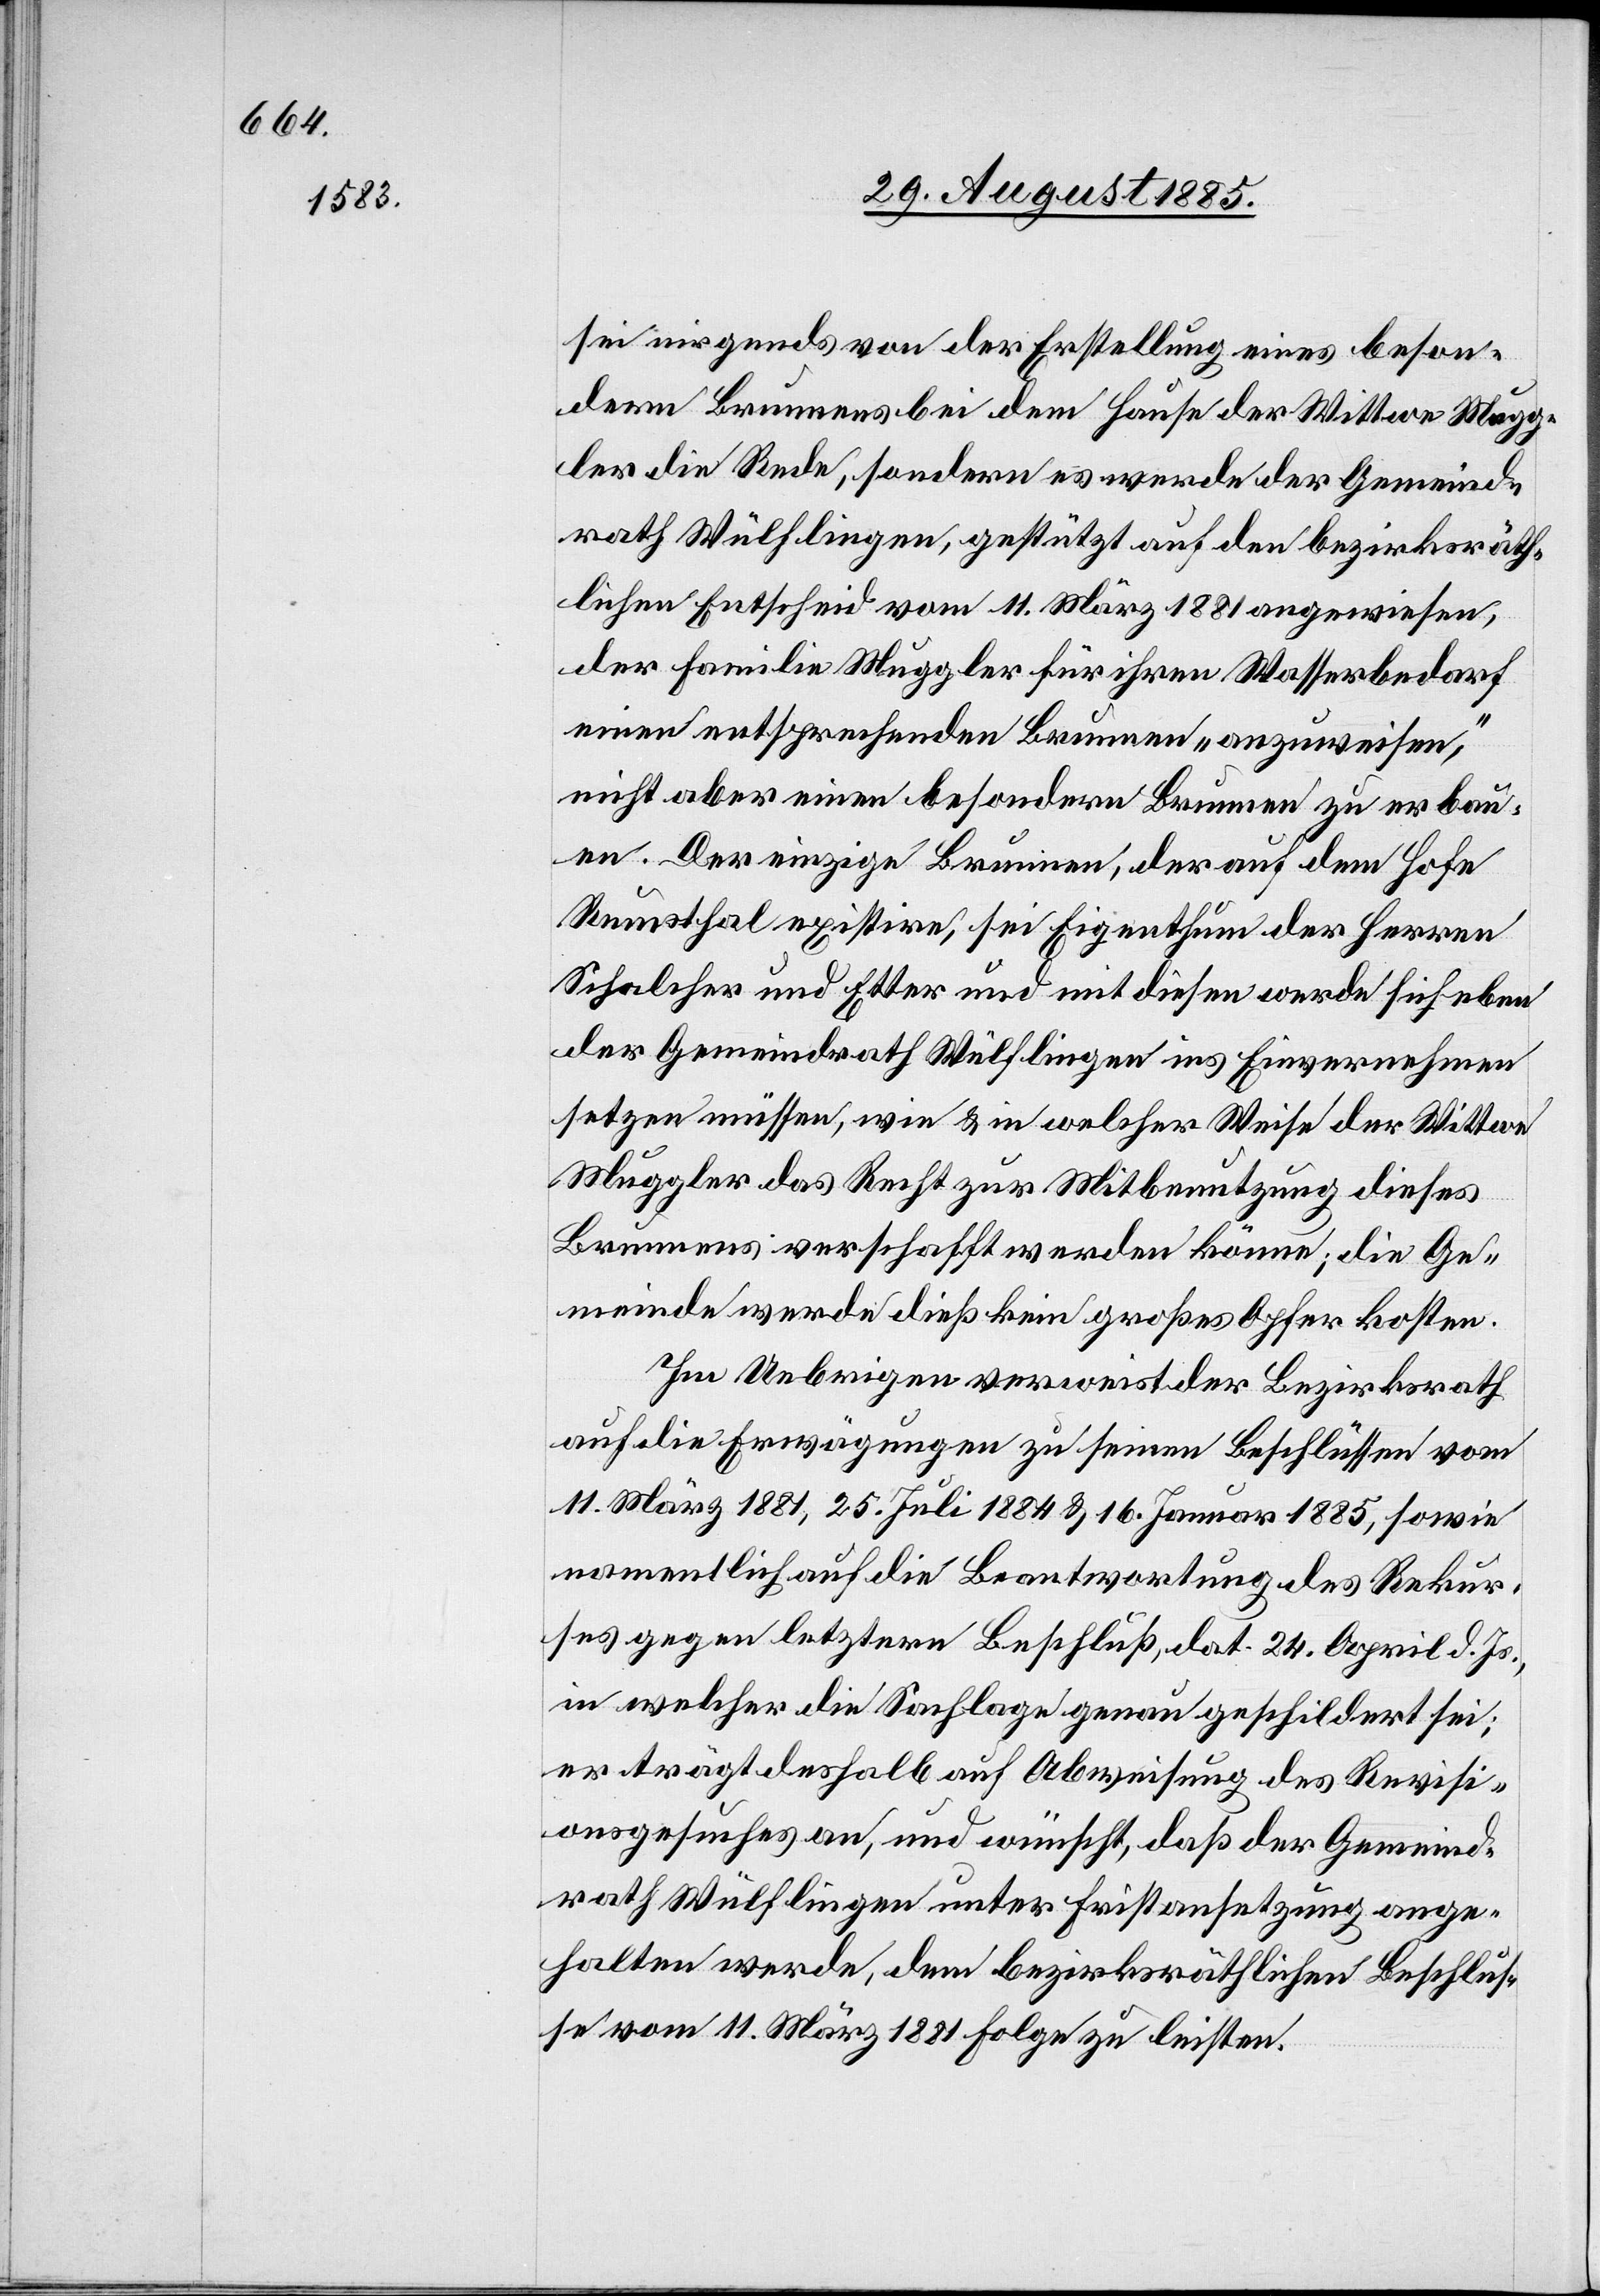
sei nirgends von der Erstellung eines beson¬
dern Brunnens bei dem Hause der Wittwe Mugg¬
ler die Rede, sondern es werde der Gemeind¬
rath Wülflingen, gestützt auf den bezirksräth¬
lichen Entscheid vom 11. März 1881 angewiesen,
der Familie Muggler für ihren Wasserbedarf
einen entsprechenden Brunnen „anzuweisen,“
nicht aber einen besondern Brunnen zu erbau¬
en. Der einzige Brunnen, der auf dem Hofe
Rumsthal existire, sei Eigenthum der Herren
Schalcher und Etter und mit diesen werde sich eben
der Gemeindrath Wülflingen ins Einvernehmen
setzen müssen, wie & in welcher Weise der Wittwe
Muggler das Recht zur Mitbenutzung dieses
Brunnens verschafft werden könne; die Ge¬
meinde werde dieß kein großes Opfer kosten.
Im Uebrigen verweist der Bezirksrath
auf die Erwägungen zu seinen Beschlüssen vom
11. März 1881, 25. Juli 1884 & 16. Januar 1885, sowie
namentlich auf die Beantwortung des Rekur¬
ses gegen letztern Beschluß dat. 24. April d. Js.,
in welcher die Sachlage genau geschildert sei;
er trägt deshalb auf Abweisung des Revisi¬
onsgesuches an, und wünscht, daß der Gemeind¬
rath Wülflingen unter Fristansetzung ange¬
halten werde, dem bezirksräthlichen Beschlus¬
se vom 11. März 1881 Folge zu leisten.